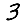
Digit: 3